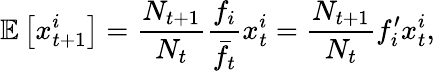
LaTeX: \mathbb E\left[x_{t+1}^{i}\right]=\frac{N_{t+1}}{N_{t}}\frac{f_{i}}{\bar{f}_{t}}x_{t}^{i}=\frac{N_{t+1}}{N_{t}}f_{i}^{\prime}x_{t}^{i},